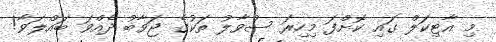
މި އާޓިކަލް ގައި ކޮށްފަ މިހިރަ ސުވާލު ތަކުގެ ޖަވާބު ދެއްވަ ބަައްލަވާ!